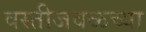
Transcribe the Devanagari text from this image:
वस्तीजवळच्या